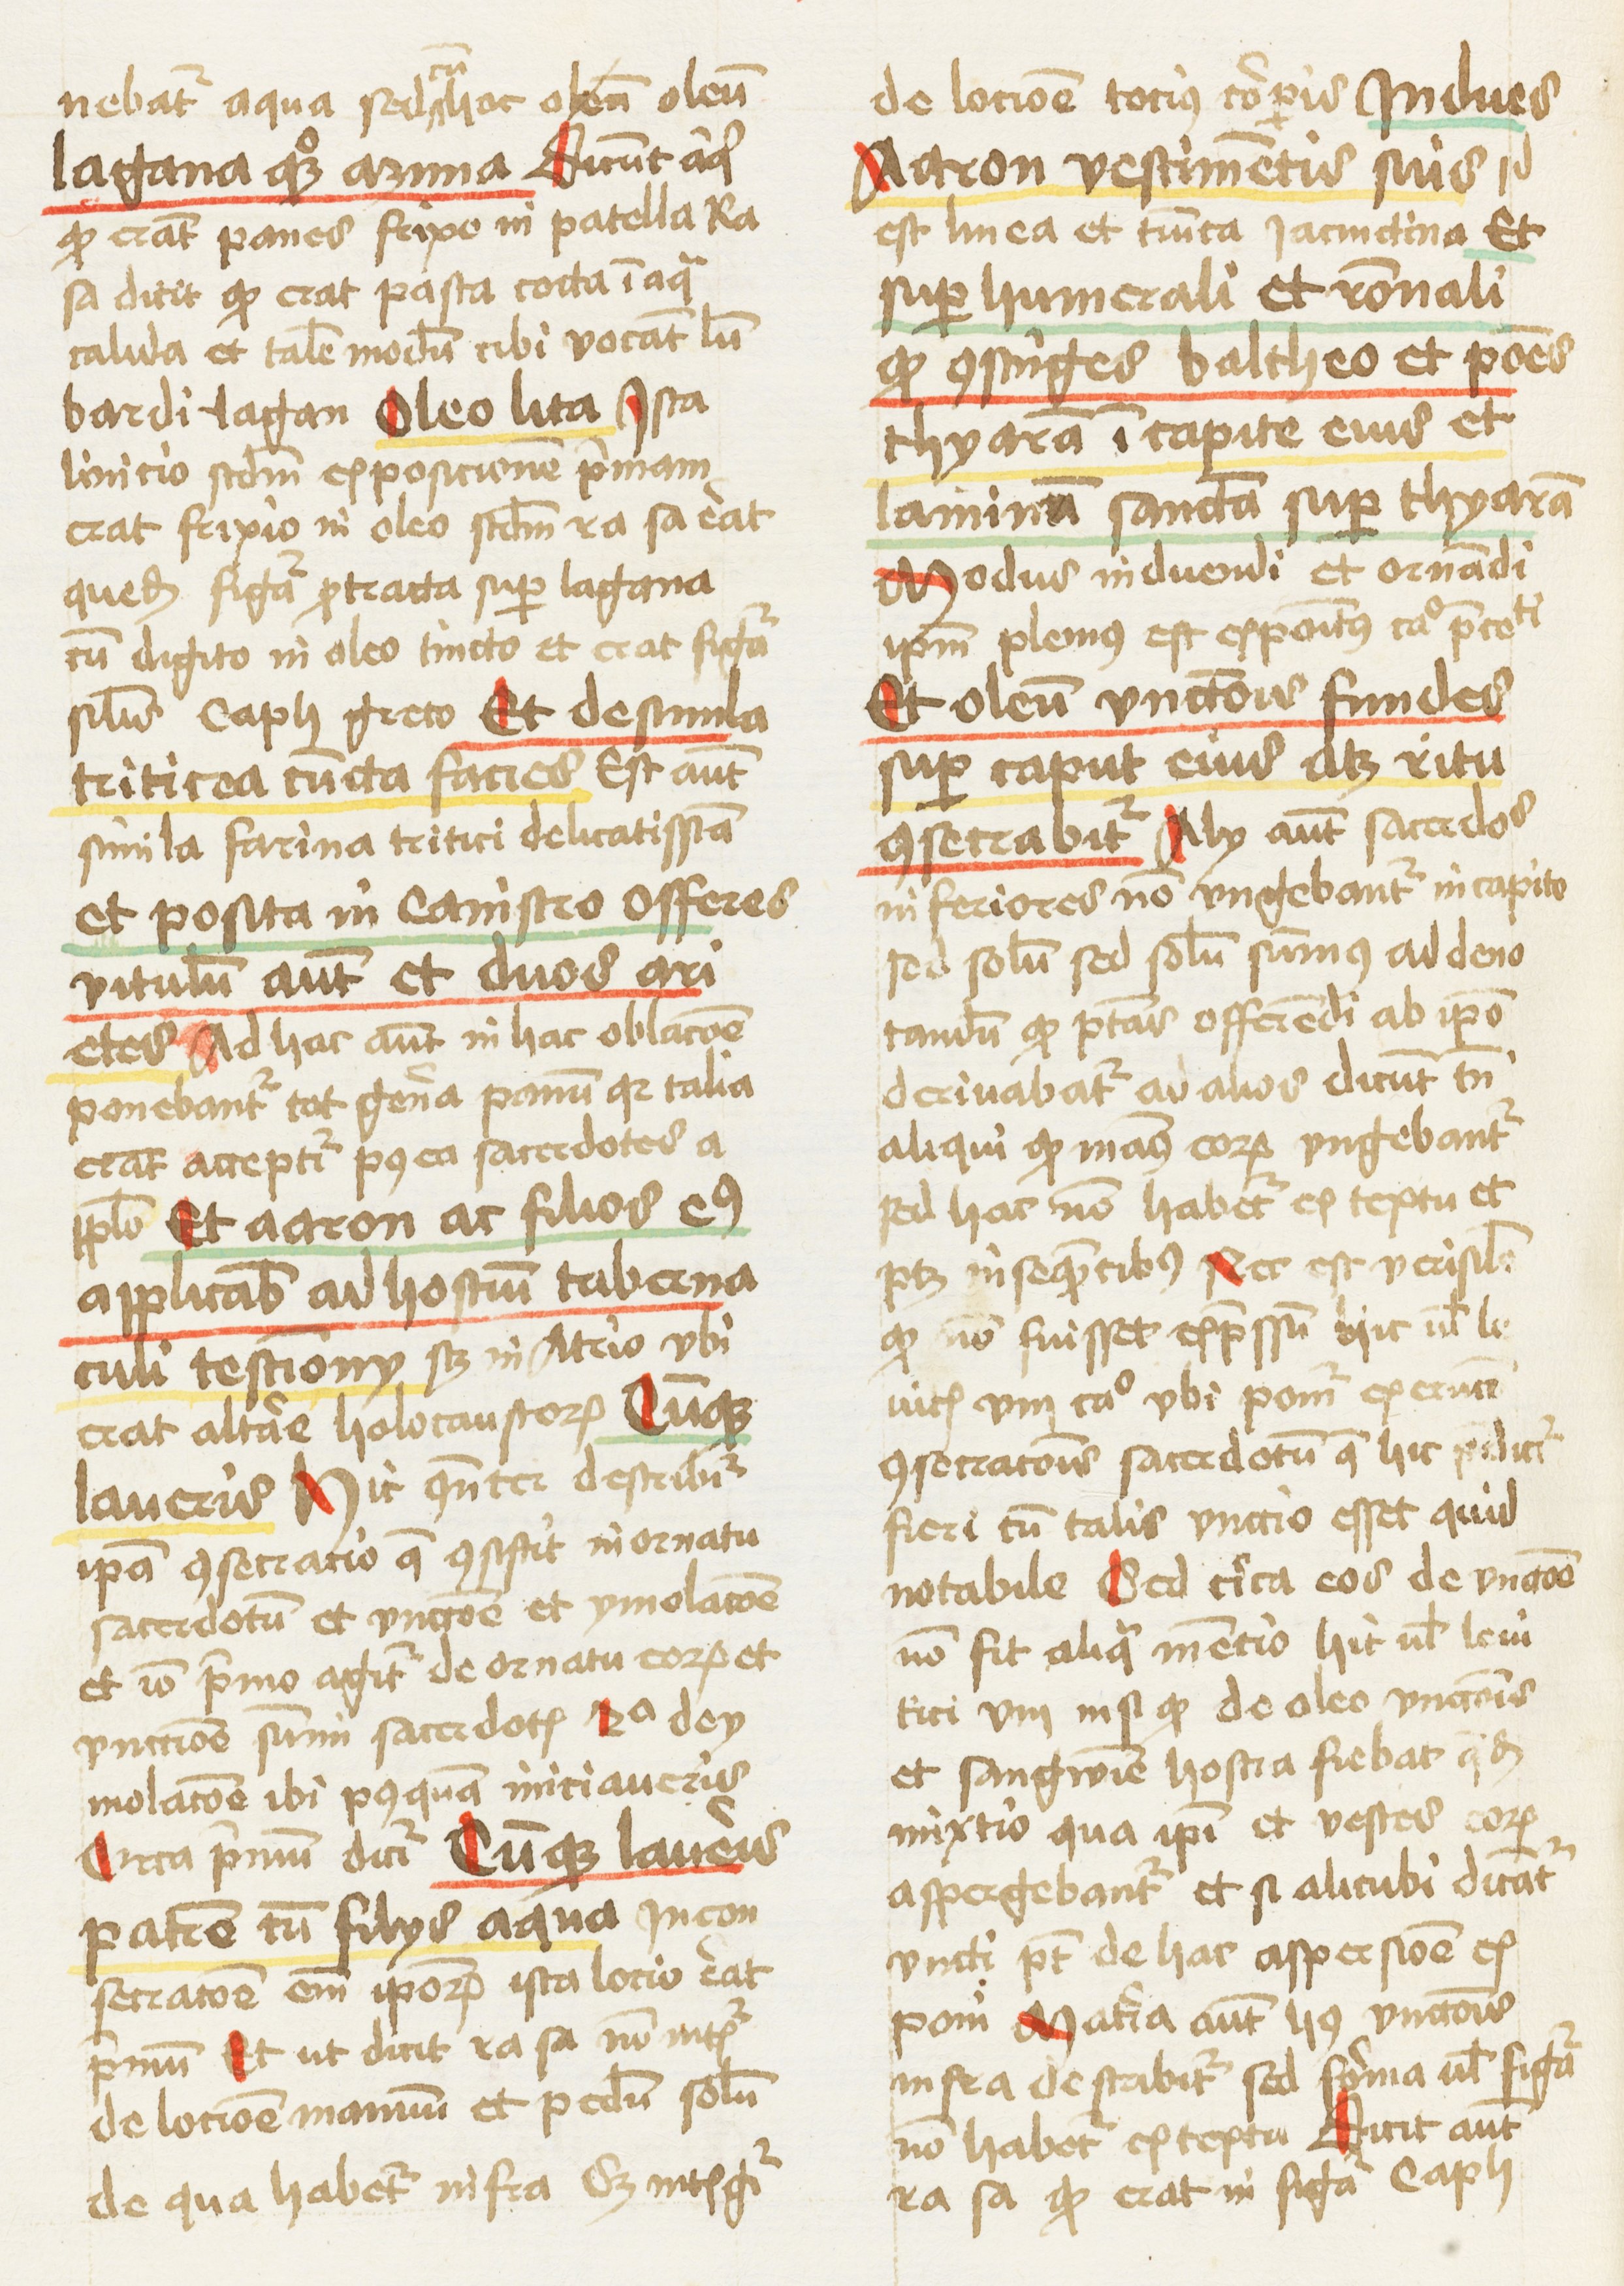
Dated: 1460–1461